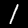
Label: 1